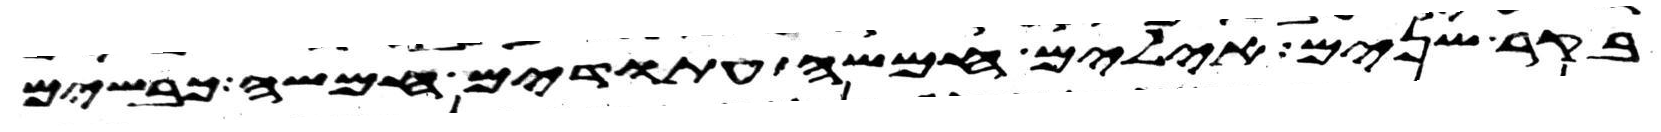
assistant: בקר שנים אילים חמשה עתודים חמשה כבשים